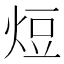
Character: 𭴧